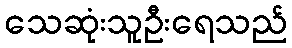
သေဆုံးသူဦးရေသည်